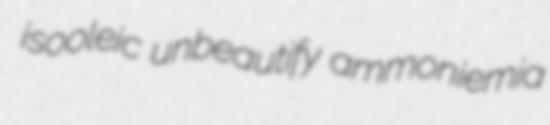
isooleic unbeautify ammoniemia